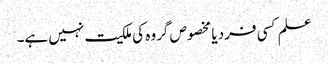
علم کسی فرد یا مخصوص گروہ کی ملکیت نہیں ہے۔